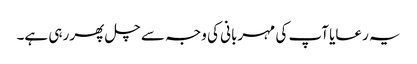
یہ رعایا آپ کی مہربانی کی وجہ سے چل پھر رہی ہے۔